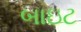
બાઇટ